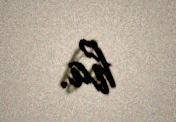
ha.